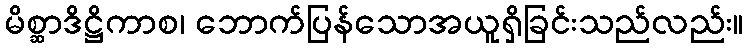
မိစ္ဆာဒိဋ္ဌိကာစ၊ ဘောက်ပြန်သောအယူရှိခြင်းသည်လည်း။